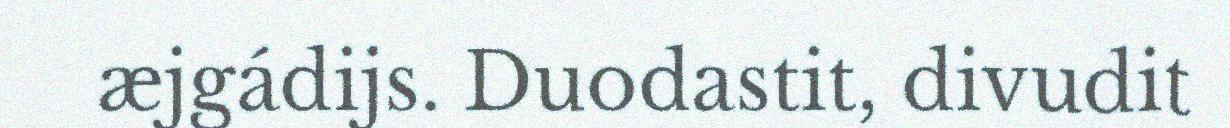
æjgádijs. Duodastit, divudit